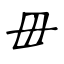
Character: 毌